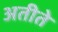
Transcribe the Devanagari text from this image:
अतीते